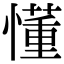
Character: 懂